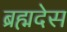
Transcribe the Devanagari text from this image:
ब्रह्मदेस